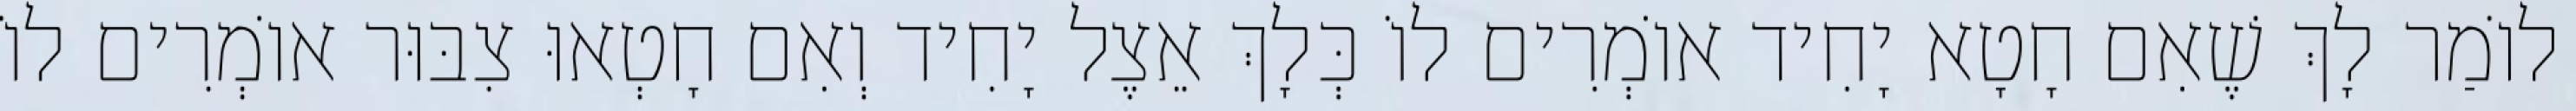
לוֹמַר לָךְ שֶׁאִם חָטָא יָחִיד אוֹמְרִים לוֹ כְּלָךְ אֵצֶל יָחִיד וְאִם חָטְאוּ צִבּוּר אוֹמְרִים לוֹ